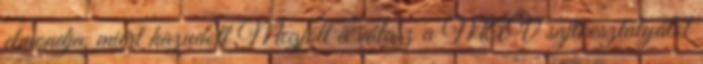
elmondja, miért hazudott Megjött a válasz a MÁV sajtóosztályától